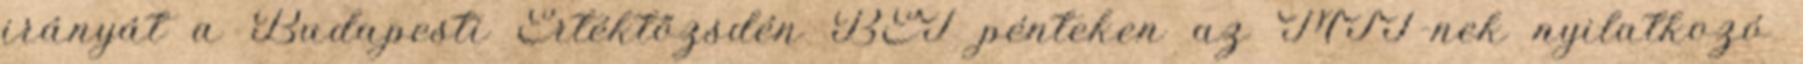
irányát a Budapesti Értéktőzsdén BÉT pénteken az MTI-nek nyilatkozó